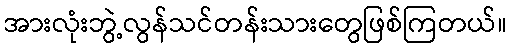
အားလုံးဘွဲ့လွန်သင်တန်းသားတွေဖြစ်ကြတယ်။